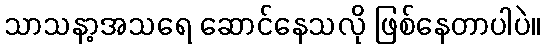
သာသနာ့အသရေ ဆောင်နေသလို ဖြစ်နေတာပါပဲ။